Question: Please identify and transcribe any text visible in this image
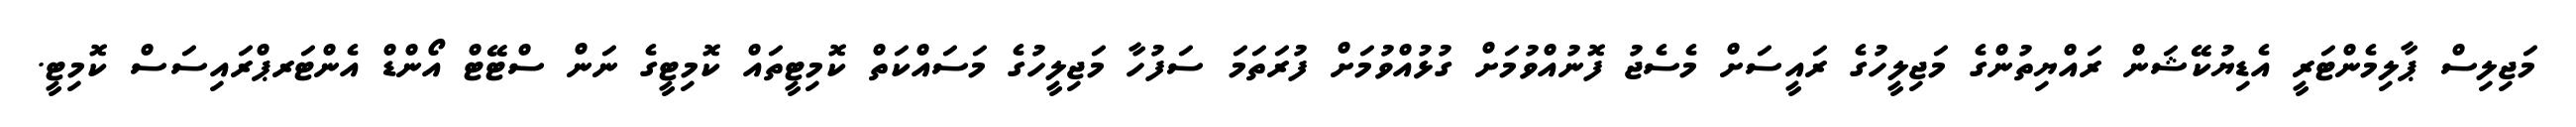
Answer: މަޖިލިސް ޕާލިމެންޓަރީ އެޑިޔުކޭޝަން ރައްޔިތުންގެ މަޖިލީހުގެ ރައީސަށް މެސެޖު ފޮނުއްވުމަށް ގުޅުއްވުމަށް ފުރަތަމަ ސަފުހާ މަޖިލީހުގެ މަސައްކަތް ކޮމިޓީތައް ކޮމިޓީގެ ނަން ސްޓޭޓް އޯންޑް އެންޓަރޕްރައިސަސް ކޮމިޓީ.